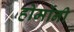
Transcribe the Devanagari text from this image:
होर्मोनी